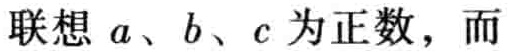
联想 \(a、b、c\) 为正数，而